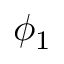
\phi _ { 1 }